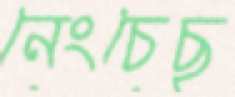
নেংচেছ